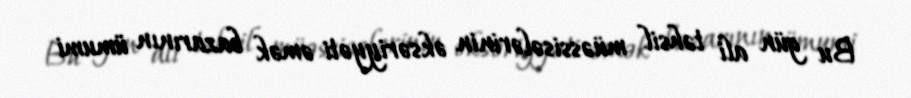
Bu gün ali təhsil müəssisələrinin əksəriyyəti əmək bazarının ümumi